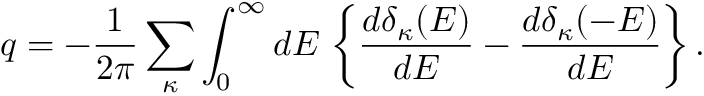
q = - { \frac { 1 } { 2 \pi } } \sum _ { \kappa } \int _ { 0 } ^ { \infty } d E \, \left\{ { \frac { d \delta _ { \kappa } ( E ) } { d E } } - { \frac { d \delta _ { \kappa } ( - E ) } { d E } } \right\} .